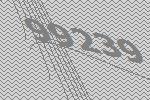
99239